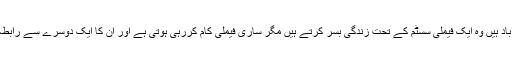
ہمارے پاکستانی جو متذکرہ ممالک میں آباد ہیں وہ ایک فیملی سسٹم کے تحت زندگی بسر کرتے ہیں مگر ساری فیملی کام کررہی ہوتی ہے اور ان کا ایک دوسرے سے رابطہ دن بدن کم سے کم تر ہوتا چلا جاتا ہے۔